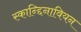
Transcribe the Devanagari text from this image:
स्कान्द्दिनावियन